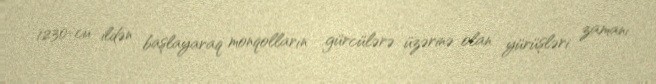
1230-cu ildən başlayaraq monqolların gürcülərə üzərinə olan yürüşləri zamanı